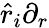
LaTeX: \hat{r}_{i}\partial_{r}